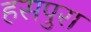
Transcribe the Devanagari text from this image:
हसपुरा